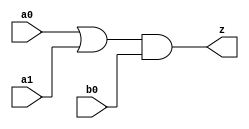
// This program was cloned from: https://github.com/aolofsson/oh
// License: MIT License

//#############################################################################
//# Function: Or-And (oa21) Gate                                              #
//# Copyright: asic
//# License:  MIT (see LICENSE file in OH repository)                         #
//#############################################################################

module asic_oa21 #(parameter PROP = "DEFAULT")   (
    input  a0,
    input  a1,
    input  b0,
    output z
    );

   assign z = (a0 | a1) & b0;

endmodule